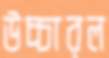
উচ্চারল